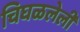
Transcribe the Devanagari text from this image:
चिघळलेली